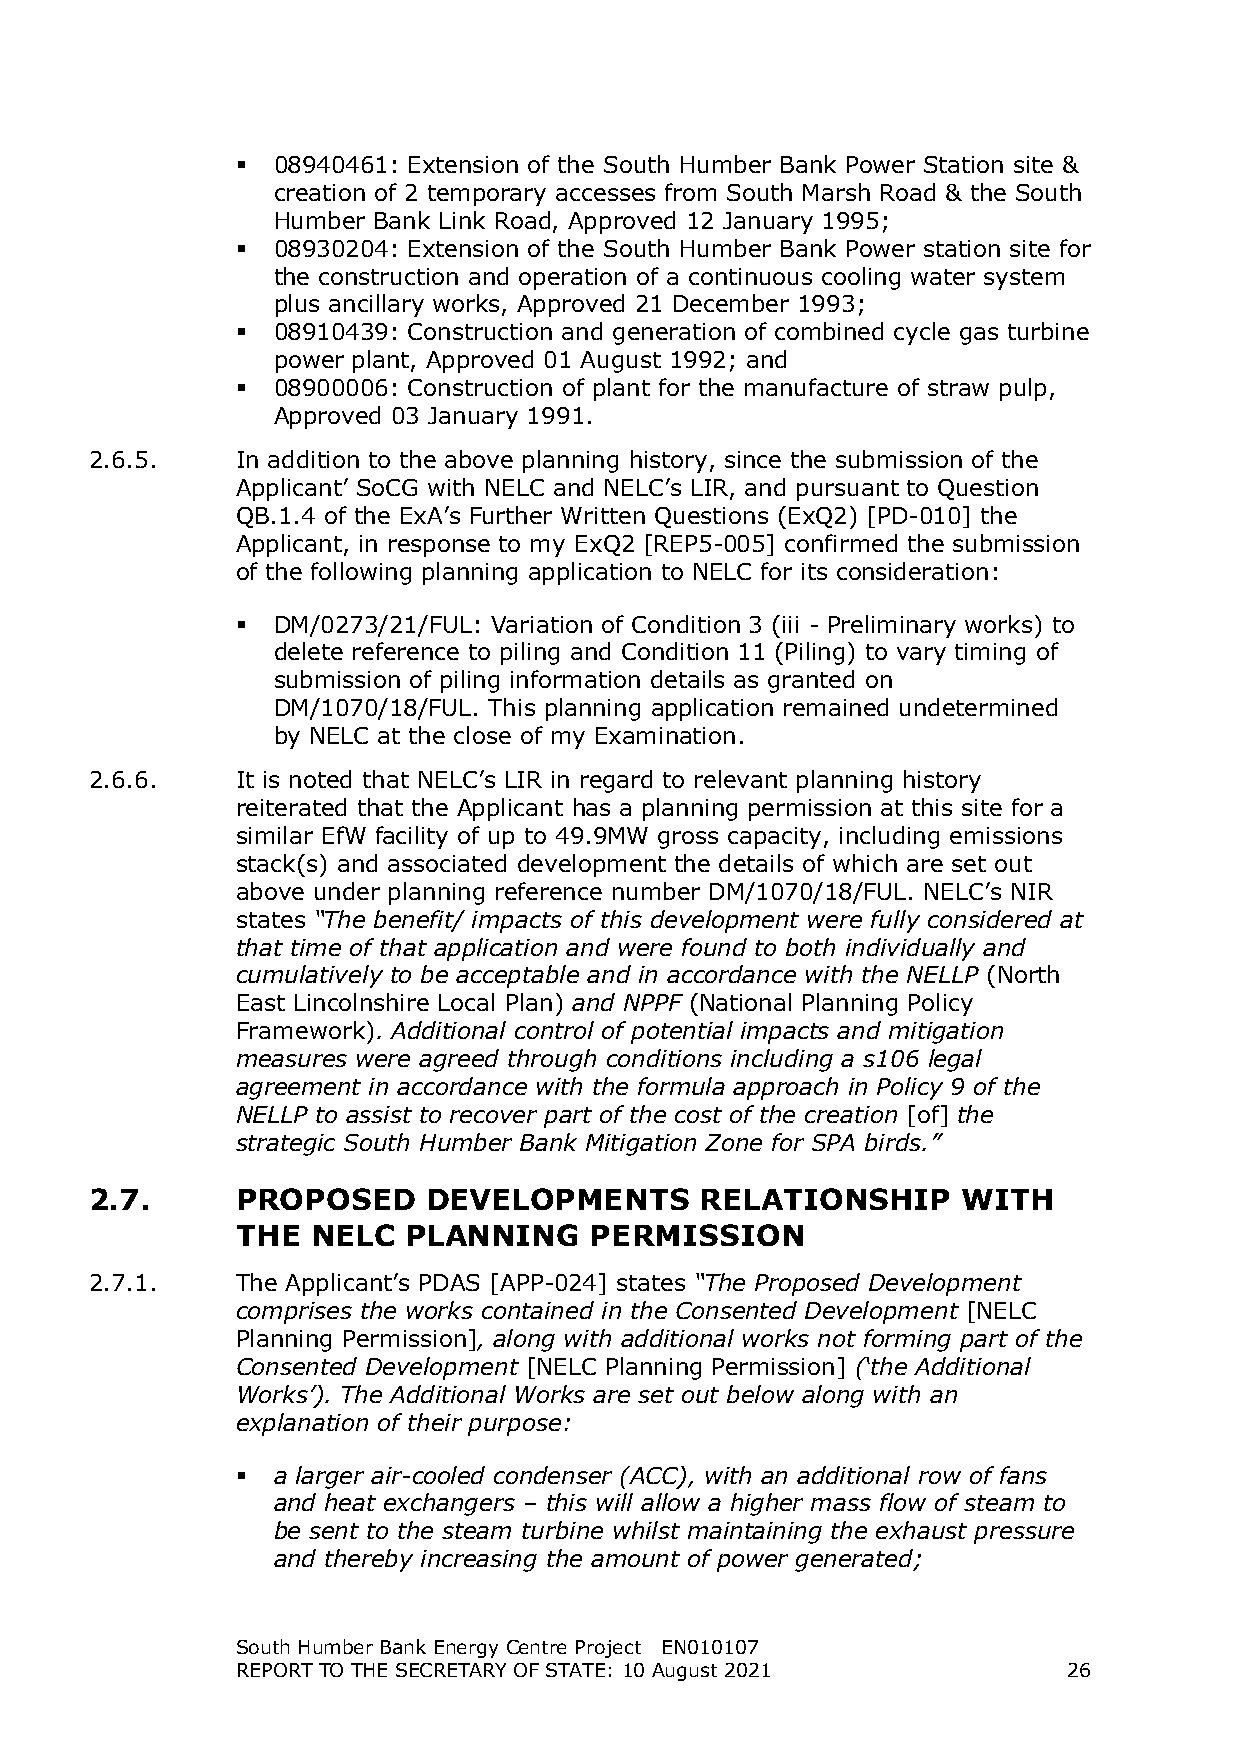
 08940461: Extension of the South Humber Bank Power Station site &
 creation of 2 temporary accesses from South Marsh Road & the South
 Humber Bank Link Road, Approved 12 January 1995;
  08930204: Extension of the South Humber Bank Power station site for
 the construction and operation of a continuous cooling water system
 plus ancillary works, Approved 21 December 1993;
  08910439: Construction and generation of combined cycle gas turbine
 power plant, Approved 01 August 1992; and
  08900006: Construction of plant for the manufacture of straw pulp,
 Approved 03 January 1991.
 2.6.5.    In addition to the above planning history, since the submission of the
 Applicant’ SoCG with NELC and NELC’s LIR, and pursuant to Question
 QB.1.4 of the ExA’s Further Written Questions (ExQ2) [PD-010] the
 Applicant, in response to my ExQ2 [REP5-005] confirmed the submission
 of the following planning application to NELC for its consideration:
  DM/0273/21/FUL: Variation of Condition 3 (iii - Preliminary works) to
 delete reference to piling and Condition 11 (Piling) to vary timing of
 submission of piling information details as granted on
 DM/1070/18/FUL. This planning application remained undetermined
 by NELC at the close of my Examination.
 2.6.6.    It is noted that NELC’s LIR in regard to relevant planning history
 reiterated that the Applicant has a planning permission at this site for a
 similar EfW facility of up to 49.9MW gross capacity, including emissions
 stack(s) and associated development the details of which are set out
 above under planning reference number DM/1070/18/FUL. NELC’s NIR
 states “The benefit/ impacts of this development were fully considered at
 that time of that application and were found to both individually and
 cumulatively to be acceptable and in accordance with the NELLP (North
 East Lincolnshire Local Plan) and NPPF (National Planning Policy
 Framework). Additional control of potential impacts and mitigation
 measures were agreed through conditions including a s106 legal
 agreement in accordance with the formula approach in Policy 9 of the
 NELLP to assist to recover part of the cost of the creation [of] the
 strategic South Humber Bank Mitigation Zone for SPA birds.”
 2.7.      PROPOSED    DEVELOPMENTS      RELATIONSHIP      WITH
 THE  NELC  PLANNING    PERMISSION
 2.7.1.    The Applicant’s PDAS [APP-024] states “The Proposed Development
 comprises the works contained in the Consented Development [NELC
 Planning Permission], along with additional works not forming part of the
 Consented Development [NELC Planning Permission] (‘the Additional
 Works’). The Additional Works are set out below along with an
 explanation of their purpose:
  a larger air-cooled condenser (ACC), with an additional row of fans
 and heat exchangers – this will allow a higher mass flow of steam to
 be sent to the steam turbine whilst maintaining the exhaust pressure
 and thereby increasing the amount of power generated;
 South Humber Bank Energy Centre Project EN010107
 REPORT TO THE SECRETARY OF STATE: 10 August 2021       26